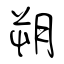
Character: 朔